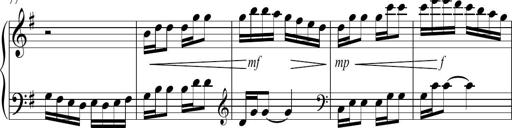
Title: Sonatina no. 2
Composer: Brian Henderson-Sellers
Key: G major